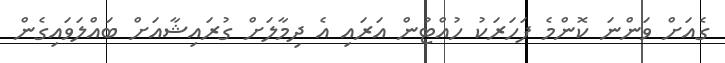
ގެއަށް ވަންނަ ކޮންމެ ފަހަރަކު ހުއްޓުން އަރައި އެ ދިމާލަށް ގުރައިޝާއަށް ބައްލަވައިގެން